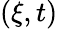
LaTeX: (\xi,t)